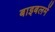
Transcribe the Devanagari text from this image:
बाइबलमें